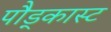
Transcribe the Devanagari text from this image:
पौड्कास्ट